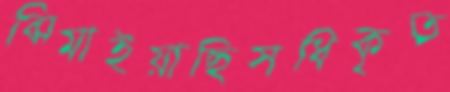
ঝিমাইয়াছিসধিকৃত